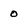
Character: o